Indian journal of veterinary science and animal husbandry - Volumes 15-17, 1948-1951
Year: 1948
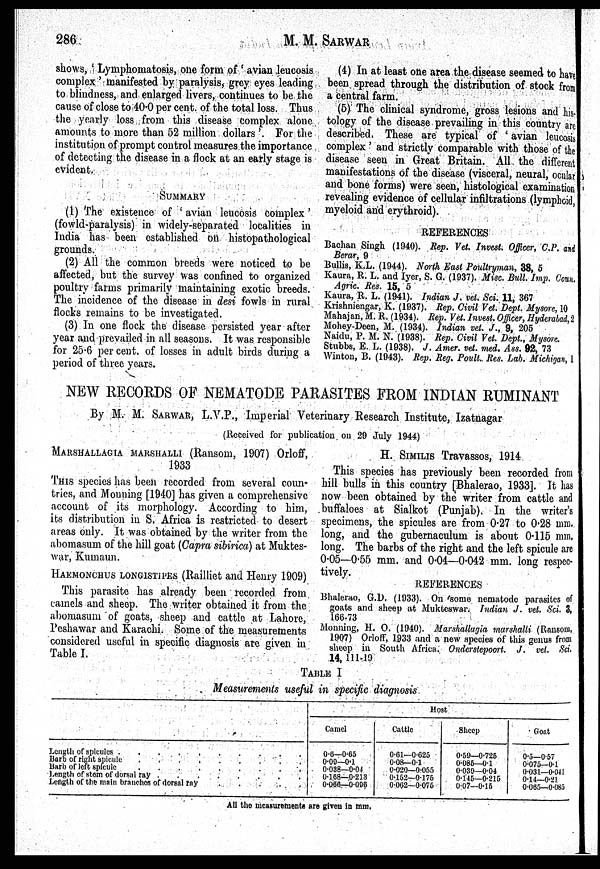
286
M. M. SARWAR
shows, ' Lymphomatosis, one form of ' avian leucosis
complex' manifested by paralysis, grey eyes leading
to blindness, and enlarged livers, continues to be the
cause of close to 40.0 per cent. of the total loss. Thus
the yearly loss from this disease complex alone
amounts to more than 52 million dollars '. For the
institution of prompt control measures the importance
of detecting the disease in a flock at an early stage is
evident.
SUMMARY
(1) The existence of ' avian leucosis complex'
(fowld-paralysis) in widely-separated localities in
India has been established on histopathological
grounds.
(2) All the common breeds were noticed to be
affected, but the survey was confined to organized
poultry farms primarily maintaining exotic breeds.
The incidence of the disease in desi fowls in rural
flocks remains to be investigated.
(3) In one flock the disease persisted year after
year and prevailed in all seasons. It was responsible
for 25.6 per cent. of losses in adult birds during a
period of three years.
(4) In at least one area the disease seemed to have
been spread through the distribution of stock from
a central farm.
(5) The clinical syndrome, gross lesions and his-
tology of the disease prevailing in this country are
described. These are typical of ' avian leucosis
complex' and strictly comparable with those of the
disease seen in Great Britain. All the different
manifestations of the disease (visceral, neural, ocular
and bone forms) were seen, histological examination
revealing evidence of cellular infiltrations (lymphoid,
myeloid and erythroid).
REFERENCES
Bachan Singh (1940). Rep. Vet. Invest. Officer, C.P. and
Berar, 9
Bullis, K.L. (1944). North East Poultryman, 38, 5
Kaura, R. L. and Iyer, S. G. (1937). Misc. Bull. Imp. Coun.
Agric. Res. 15, 5
Kaura, R. L. (1941). Indian J. vet. Sci. 11, 367
Krishniengar, K. (1937). Rep. Civil Vet. Dept. Mysore, 10
Mahajan, M. R. (1934). Rep. Vet. Invest. Officer, Hyderabad,2
Mohey-Deen, M. (1934). Indian vet. J., 9, 205
Naidu, P. M. N. (1938). Rep. Civil Vet. Dept., Mysore.
Stubbs, E. L. (1938). J. Amer. vet. med. Ass. 92, 73
Winton, B. (1943). Rep. Reg. Poult.. Res. Lab. Michigan, 1
NEW RECORDS OF NEMATODE PARASITES FROM INDIAN RUMINANT
By M. M. SARWAR, L.V.P., Imperial Veterinary Research Institute, Izatnagar
(Received for publication on 29 July 1944)
MARSHALLAGIA MARSHALLI (Ransom, 1907) Orloff,
1933
THIS species has been recorded from several coun-
tries, and Monning [1940] has given a comprehensive
account of its morphology. According to him,
its distribution in S. Africa is restricted to desert
areas only. It was obtained by the writer from the
abomasum of the hill goat (Capra sibirica) at Muktes-
war, Kumaun.
HAEMONCHUS LONGISTIPES (Railliet and Henry 1909)
This parasite has already been recorded from
camels and sheep. The writer obtained it from the
abomasum of goats, sheep and cattle at Lahore,
Peshawar and Karachi. Some of the measurements
considered useful in specific diagnosis are given in
Table I.
H. SIMILIS Travassos, 1914
This species has previously been recorded from
hill bulls in this country [Bhalerao, 1933]. It has
now been obtained by the writer from cattle and
buffaloes at Sialkot (Punjab). In the writer's
specimens, the spicules are from 0.27 to 0.28 mm.
long, and the gubernaculum is about 0.115 mm.
long. The barbs of the right and the left spicule are
0.05—0.55 mm. and 0.04—0.042 mm. long respec-
tively.
REFERENCES
Bhalerao, G.D. (1933). On some nematode parasites of
goats and sheep at Mukteswar. Indian- J. vet. Sci. 3,
166-73
Monning, H. O. (1940). Marshallagia marshalli (Ransom,
1907) Orloff, 1933 and a new species of this genus from
sheep in South Africa. Onderstepoort. J. vet. Sci.
14, 111-19
TABLE I
Measurements useful in specific diagnosis
Length of spicules
Barb of right spicule
Barb of left spicule
Length of stem of dorsal ray
Length of the main branches of dorsal ray
Host
Camel
0.6—0.65
0.09—0.1
0.038—0.04
0.168—0.213
0.066—0-096
Cattle
0.61—0.625
0.08—0.1
0.020—0.055
0.152—0.175
0.062—0.075
Sheep
0.59—0.725
0.085—0.1
0.039—0.04
0.145—0.215
0.07—0.15
Goat
0.5—0.57
0.075—0.1
0.031—0.041
0.14—0.21
0.065—0.085
All the measurements are given in mm.